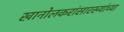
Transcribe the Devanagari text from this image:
खानोलकरांसारख्यांच्या